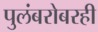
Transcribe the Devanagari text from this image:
पुलंबरोबरही